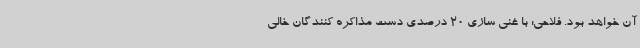
آن خواهد بود. فلاحی: با غنی سازی 20 درصدی دست مذاکره کنندگان خالی